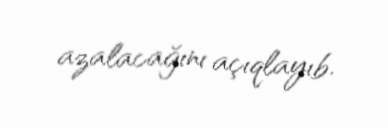
azalacağını açıqlayıb.